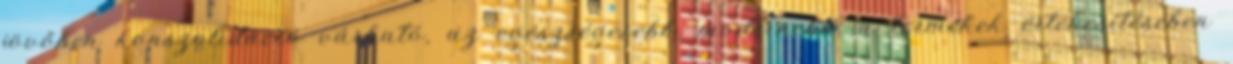
jövőben konszolidáció várható, az egészségesebb, modernebb, a termékek értékesítésében